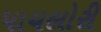
પાયલોરી